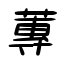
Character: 蓴